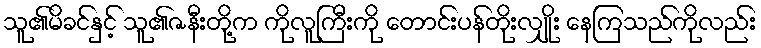
သူ၏မိခင်နှင့် သူ၏ဇနီးတို့က ကိုလူကြီးကို တောင်းပန်တိုးလျှိုး နေကြသည်ကိုလည်း